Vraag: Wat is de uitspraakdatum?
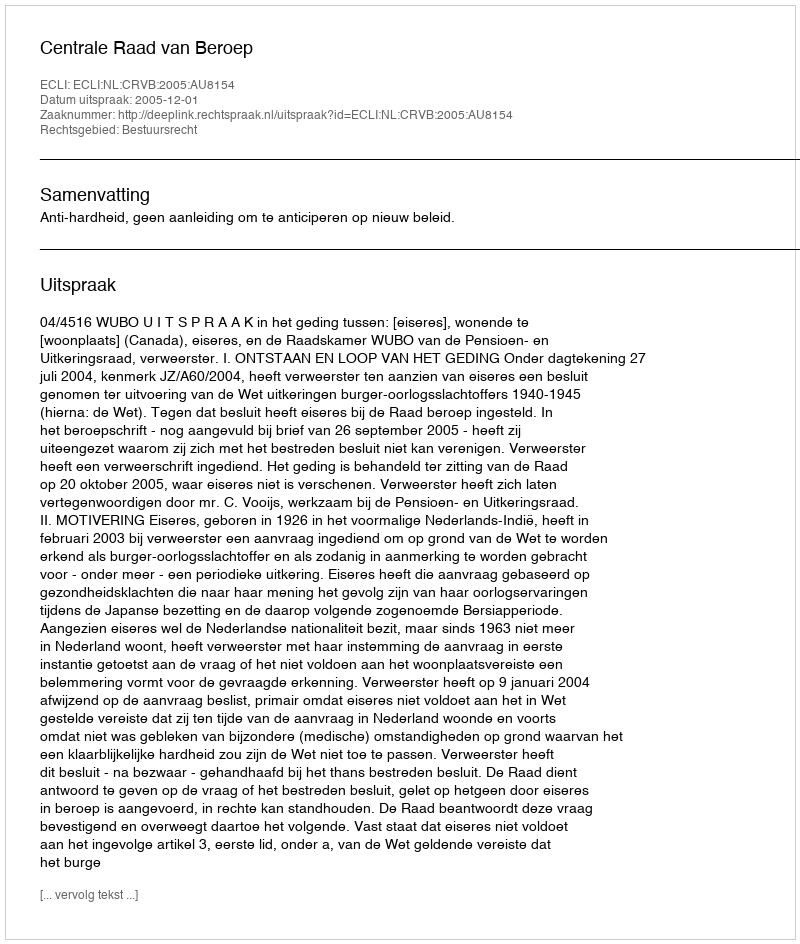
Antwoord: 2005-12-01